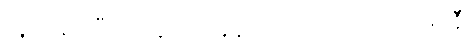
လူတန်းကြီးထဲတွင် ကခုန်လိုက်ပါလာ သည့် ဖဲင်နီ။